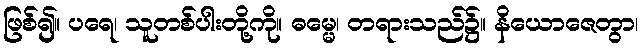
ဖြစ်၍။ ပရေ၊ သူတစ်ပါးတို့ကို။ ဓမ္မေ၊ တရားသည်၌။ နိယောဇေတွာ၊